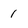
Character: 1